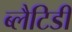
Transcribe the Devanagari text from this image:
ब्लैटिडी